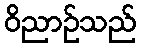
ဝိညာဉ်သည်